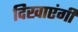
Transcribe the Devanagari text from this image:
दिखाएंगी